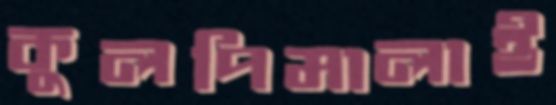
কুলপিমালাই